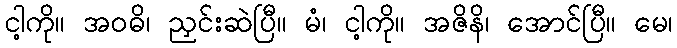
ငါ့ကို။ အဝဓိ၊ ညှင်းဆဲပြီ။ မံ၊ ငါ့ကို။ အဇိနိ၊ အောင်ပြီ။ မေ၊